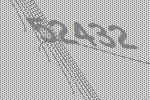
52432